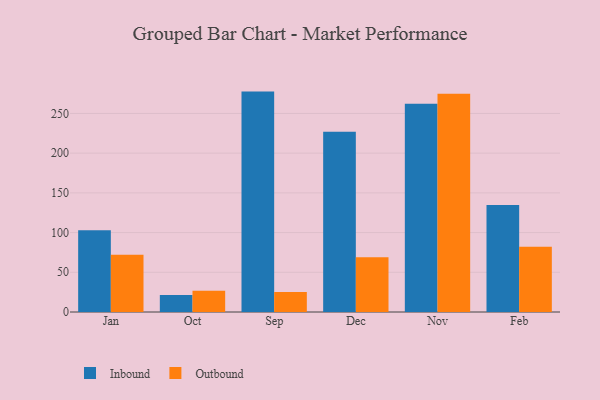
{"axis": {"x": "Month", "y": "Headcount"}, "legend": ["Inbound", "Outbound"], "data": [{"x": "Jan", "y": 102.8, "type": "Inbound"}, {"x": "Jan", "y": 72.0, "type": "Outbound"}, {"x": "Oct", "y": 21.5, "type": "Inbound"}, {"x": "Oct", "y": 26.9, "type": "Outbound"}, {"x": "Sep", "y": 277.5, "type": "Inbound"}, {"x": "Sep", "y": 25.3, "type": "Outbound"}, {"x": "Dec", "y": 226.9, "type": "Inbound"}, {"x": "Dec", "y": 68.9, "type": "Outbound"}, {"x": "Nov", "y": 262.2, "type": "Inbound"}, {"x": "Nov", "y": 274.9, "type": "Outbound"}, {"x": "Feb", "y": 134.6, "type": "Inbound"}, {"x": "Feb", "y": 82.0, "type": "Outbound"}]}